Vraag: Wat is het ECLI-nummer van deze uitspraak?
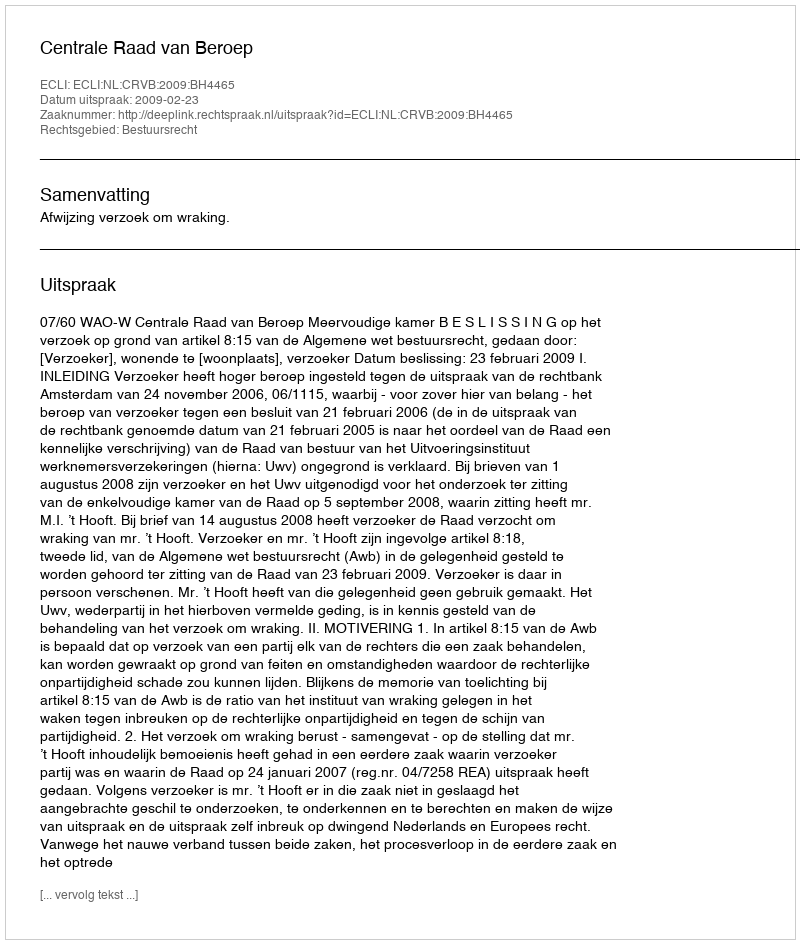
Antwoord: ECLI:NL:CRVB:2009:BH4465